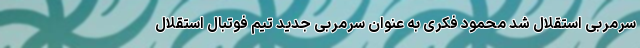
سرمربی استقلال شد محمود فکری به عنوان سرمربی جدید تیم فوتبال استقلال